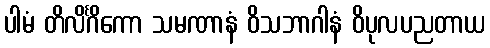
ပါမံ တိလိင်္ဂိကော သမဏာနံ ဝိသဘာဂါနံ ဝိပုလပညတာယ